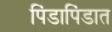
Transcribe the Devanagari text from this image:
पिंडापिंडात